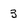
Character: 3